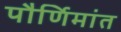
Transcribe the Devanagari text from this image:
पौर्णिमांत